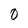
Character: O